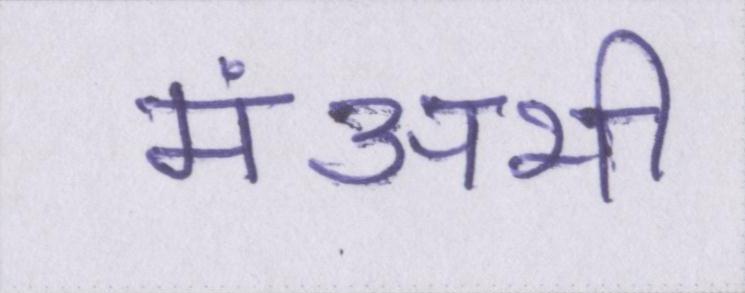
मंअभी